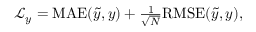
\begin{array} { r } { \mathcal { L } _ { y } = \mathrm { M A E } ( \tilde { y } , y ) + \frac { 1 } { \sqrt { N } } \mathrm { R M S E } ( \tilde { y } , y ) , } \end{array}